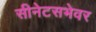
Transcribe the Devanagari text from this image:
सीनेटसभेवर